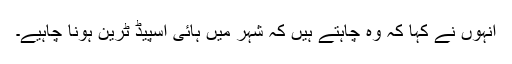
انہوں نے کہا کہ وہ چاہتے ہیں کہ شہر میں ہائی اسپیڈ ٹرین ہونا چاہیے۔